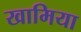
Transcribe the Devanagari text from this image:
खामिया